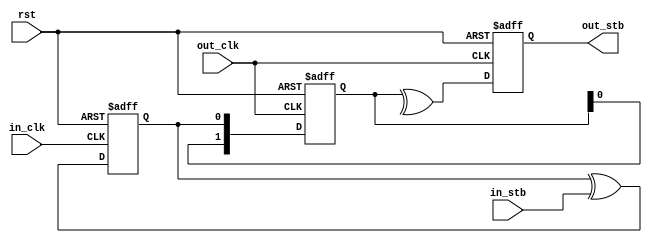
/*
 * xclk_strobe.v
 *
 * vim: ts=4 sw=4
 *
 * Cross-clock domain helper for strobes.
 *
 * Strobe interval _has_ to be much longer than several of the slowest
 * clock !
 *
 * Copyright (C) 2019-2020  Sylvain Munaut <tnt@246tNt.com>
 * SPDX-License-Identifier: CERN-OHL-P-2.0
 */

`default_nettype none

module xclk_strobe (
	input  wire in_stb,
	input  wire in_clk,
	output reg  out_stb,
	input  wire out_clk,
	input  wire rst
);

	reg src;
	reg [1:0] dst;

	always @(posedge in_clk or posedge rst)
		if (rst)
			src <= 1'b0;
		else
			src <= src ^ in_stb;

	always @(posedge out_clk or posedge rst)
		if (rst)
			dst <= 2'b00;
		else
			dst <= { dst[0], src };

	always @(posedge out_clk or posedge rst)
		if (rst)
			out_stb <= 1'b0;
		else
			out_stb <= ^dst[1:0];

endmodule